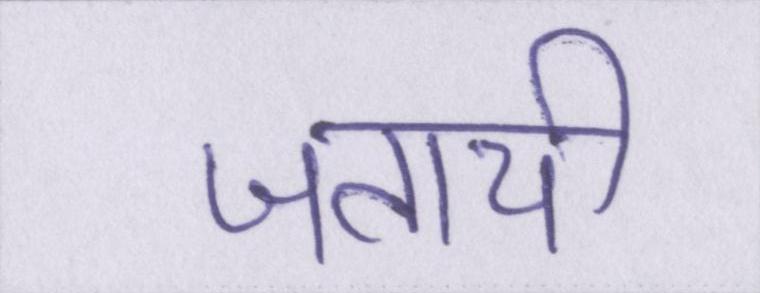
जतायी